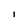
Character: l